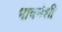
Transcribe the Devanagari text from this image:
भावनेशी